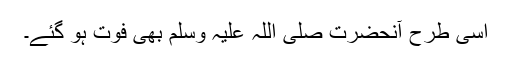
اسی طرح آنحضرت صلی اللہ علیہ وسلم بھی فوت ہو گئے۔